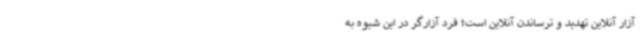
آزار آنلاین تهدید و ترساندن آنلاین است؛ فرد آزارگر در این شیوه به